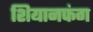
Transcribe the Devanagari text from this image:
शियानफंग